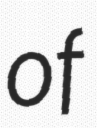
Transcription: of